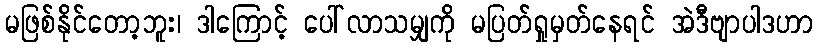
မဖြစ်နိုင်တော့ဘူး၊ ဒါကြောင့် ပေါ်လာသမျှကို မပြတ်ရှုမှတ်နေရင် အဲဒီဗျာပါဒဟာ